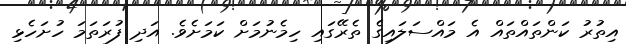
އިތުރު ކަންތައްތައް އެ މައްސަލައިގެ ތެރޭގައި ހިމެނުމަށް ކަމަށެވެ. އަދި ފުރަތަމަ ހުށަހެޅި